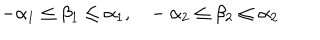
- \alpha _ { 1 } \leq \beta _ { 1 } \leq \alpha _ { 1 } , - \alpha _ { 2 } \leq \beta _ { 2 } \leq \alpha _ { 2 }